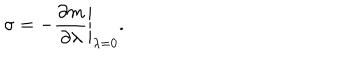
LaTeX: \sigma = - \left. \frac { \partial m } { \partial \lambda } \right| _ { \lambda = 0 } .